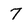
Character: 7